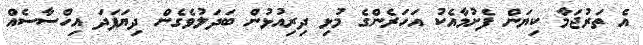
އެ ތަރުޖަމާ ކިޔަން ފެށުމާއެކު އަހަރެންގެ މުޅި ދިރިއުޅުން ބަދަލުވެގެން ދިޔަފަދަ އިހްސާސެއް